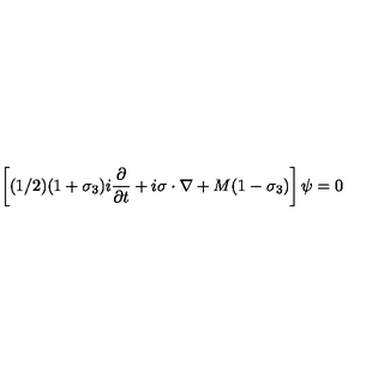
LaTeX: \left[ ( 1 / 2 ) ( 1 + \sigma _ { 3 } ) i { \frac { \partial } { \partial t } } + i \mathrm { \boldmath \sigma } \cdot \mathrm { \boldmath \nabla } + M ( 1 - \sigma _ { 3 } ) \right] \psi = 0